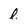
Character: l